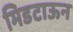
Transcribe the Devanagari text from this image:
मिडटाऊन